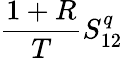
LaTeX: \frac{1+R}{T}S_{12}^{q}